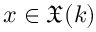
x \in { \mathfrak { X } } ( k )